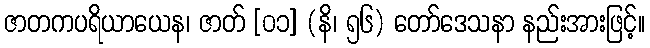
ဇာတကပရိယာယေန၊ ဇာတ် [၀၁] (နိ၊ ၅၆) တော်ဒေသနာ နည်းအားဖြင့်။